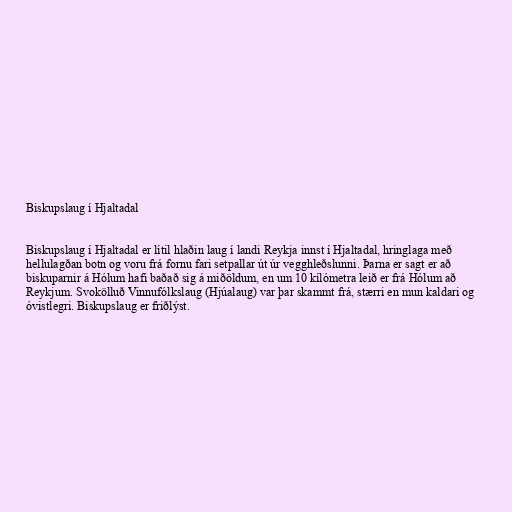
Biskupslaug í Hjaltadal

Biskupslaug í Hjaltadal er lítil hlaðin laug í landi Reykja innst í Hjaltadal, hringlaga með
hellulagðan botn og voru frá fornu fari setpallar út úr vegghleðslunni. Þarna er sagt er að
biskuparnir á Hólum hafi baðað sig á miðöldum, en um 10 kílómetra leið er frá Hólum að
Reykjum. Svokölluð Vinnufólkslaug (Hjúalaug) var þar skammt frá, stærri en mun kaldari og
óvistlegri. Biskupslaug er friðlýst.